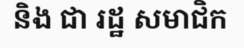
និង ជា រដ្ឋ សមាជិក